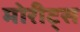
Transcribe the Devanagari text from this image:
मोरीट्स